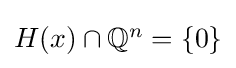
\textstyle H(x)\cap \mathbb {Q} ^{n}=\{0\}